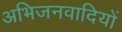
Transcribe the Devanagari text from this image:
अभिजनवादियों